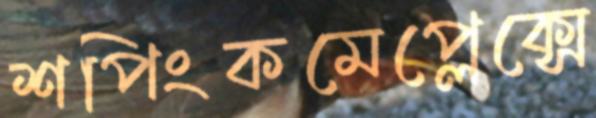
শপিংকমেপ্লেক্সে